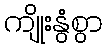
ကျိုးနွံစွာ